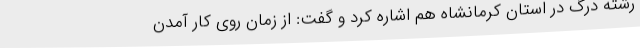
رشته درگ در استان کرمانشاه هم اشاره کرد و گفت: از زمان روی کار آمدن